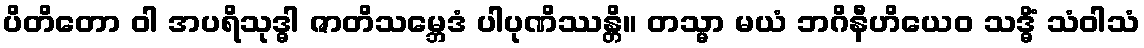
ပိတိတော ဝါ အပရိသုဒ္ဓါ ဇာတိသမ္ဘေဒံ ပါပုဏိဿန္တိ။ တသ္မာ မယံ ဘဂိနီဟိယေဝ သဒ္ဓိံ သံဝါသံ